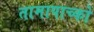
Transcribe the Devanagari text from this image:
तामापाच्को